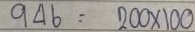
946 = 200 x 100